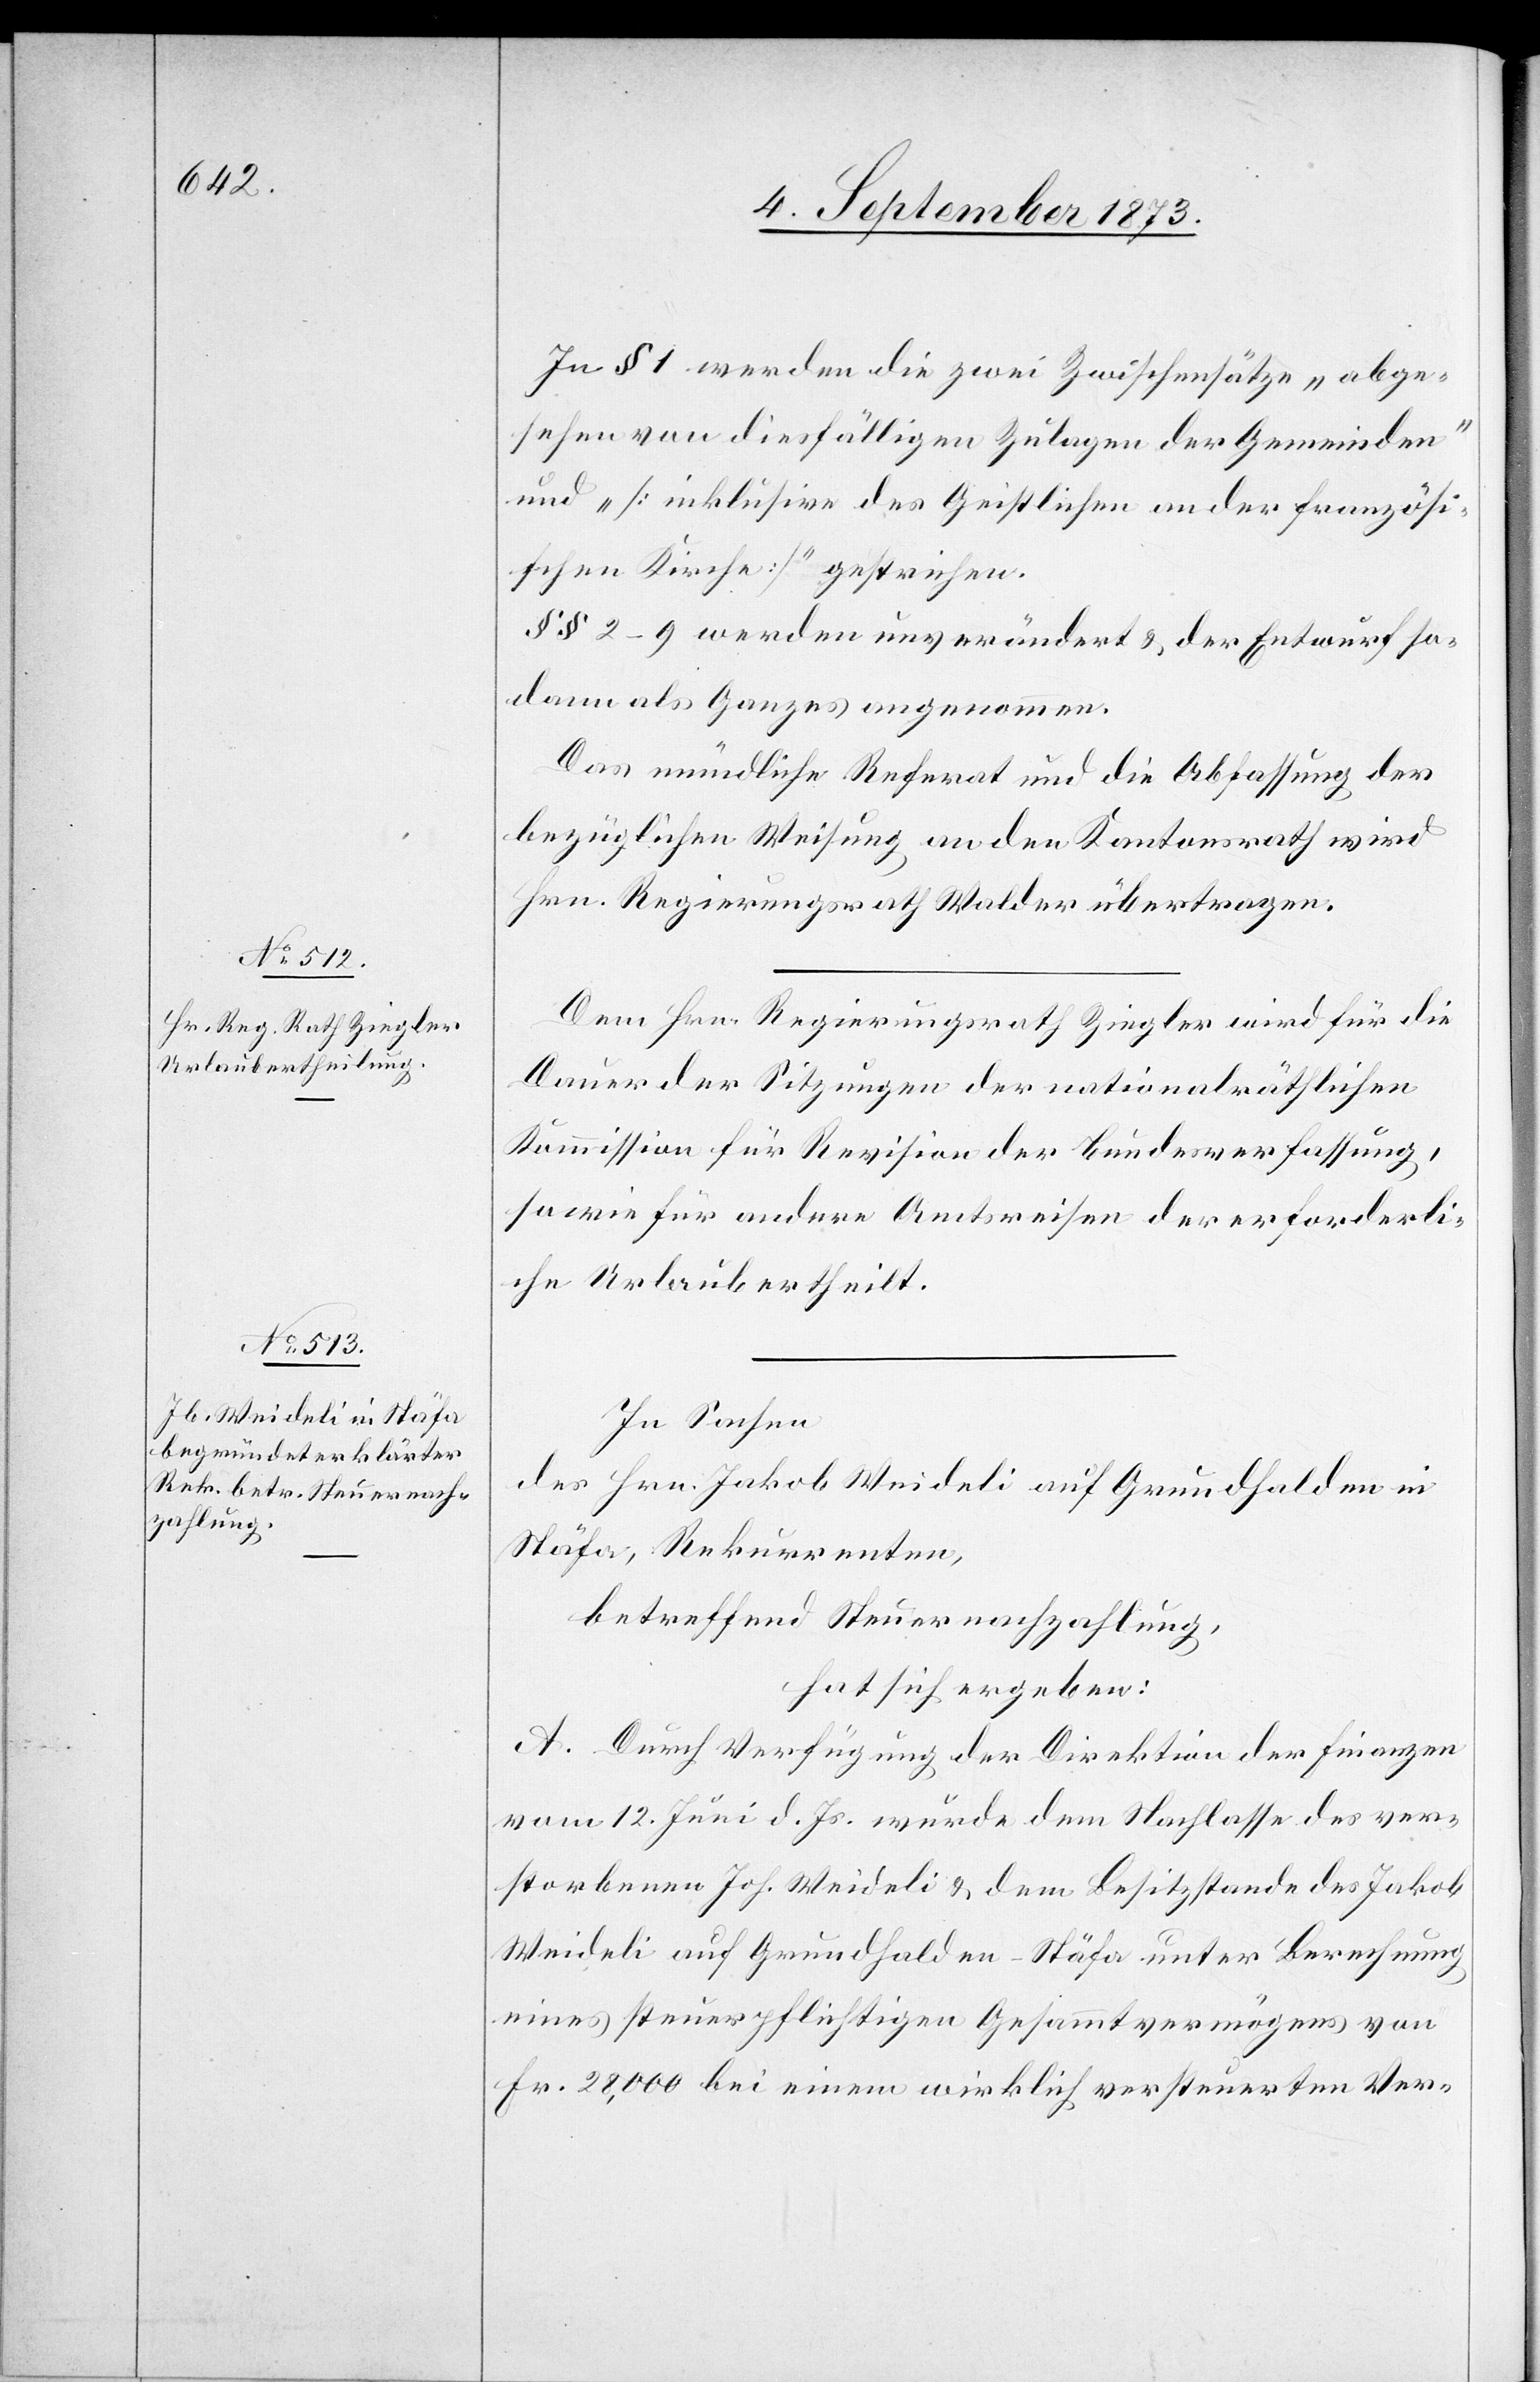
In § 1 werden die zwei Zwischensätze „abge¬
sehen von diesfälligen Zulagen der Gemeinden“
und „[inklusive des Geistlichen an der französi¬
schen Kirche]“ gestrichen.
§§ 2–9 werden unverändert & der Entwurf so¬
dann als Ganzes angenommen.
Das mündliche Referat und die Abfassung der
bezüglichen Weisung an den Kantonsrath wird
Hrn. Regierungsrath Walder übertragen.
Dem Hrn. Regierungsrath Ziegler wird für die
Dauer der Sitzungen der nationalräthlichen
Kommission für Revision der Bundesverfassung,
sowie für andere Amtsreisen der erforderli¬
che Urlaub ertheilt.
In Sachen
des Hrn. Jakob Weideli auf Grundhalden in
Stäfa, Rekurrenten,
betreffend Steuernachzahlung,
hat sich ergeben:
A. Durch Verfügung der Direktion der Finanzen
vom 12. Juni d. Js. wurde dem Nachlasse des ver¬
storbenen Joh. Weideli & dem Besitzstande des Jakob
Weideli auf Grundhalden - Stäfa unter Berechnung
eines steuerpflichtigen Gesammtvermögens von
Fr. 28,000 bei einem wirklich versteuerten Ver-